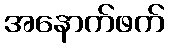
အနောက်ဖက်